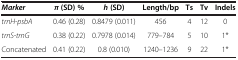
<table><thead><tr><td><b><i>Marker</i></b></td><td><b><i>π </i>(SD) %</b></td><td><b><i>h </i>(SD)</b></td><td><b>Length/bp</b></td><td><b>Ts</b></td><td><b>Tv</b></td><td><b>Indels</b></td></tr></thead><tbody><tr><td><i>trnH-psbA</i></td><td>0.46 (0.28)</td><td>0.8479 (0.011)</td><td>456</td><td>4</td><td>12</td><td>0</td></tr><tr><td><i>trnS-trnG</i></td><td>0.38 (0.22)</td><td>0.7978 (0.014)</td><td>779–784</td><td>5</td><td>10</td><td>1*</td></tr><tr><td>Concatenated</td><td>0.41 (0.22)</td><td>0.8 (0.010)</td><td>1240–1236</td><td>9</td><td>22</td><td>1*</td></tr></tbody></table>